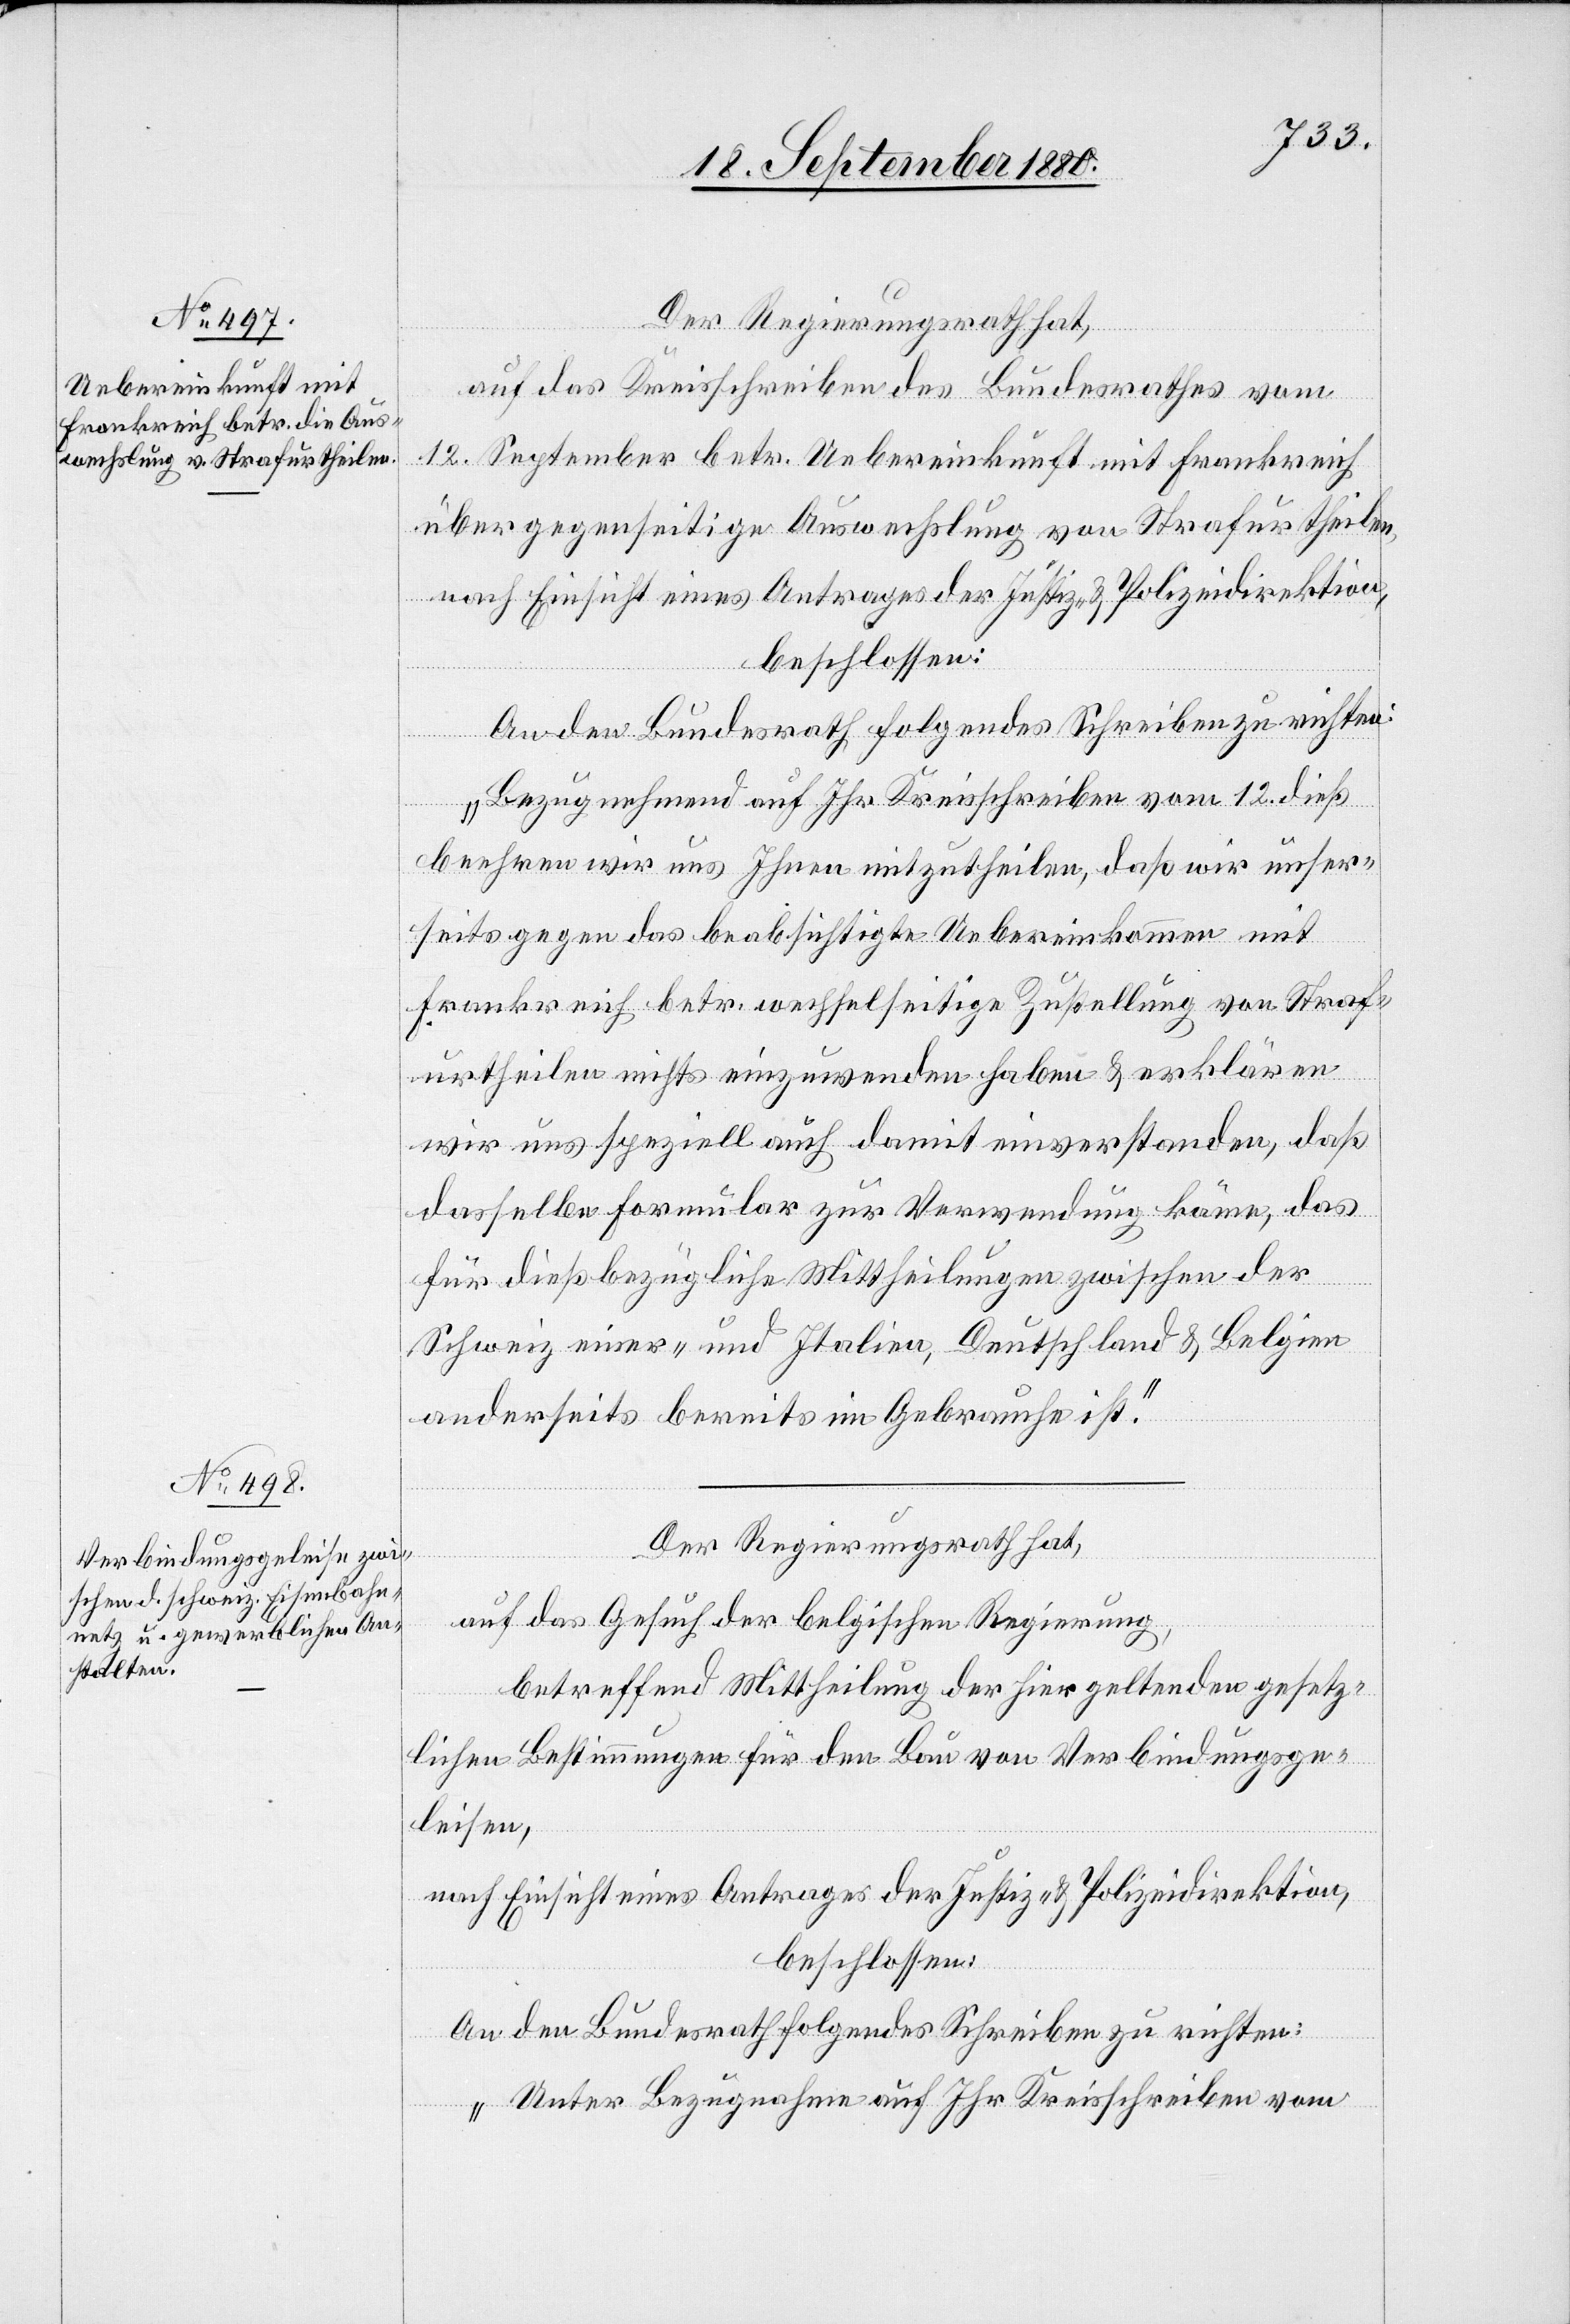
Der Regierungsrath hat,
auf das Kreisschreiben des Bundesrathes vom
12. September betr. Uebereinkunft mit Frankreich
über gegenseitige Auswechslung von Strafurtheilen,
nach Einsicht eines Antrages der Justiz- & Polizeidirektion,
beschlossen:
An den Bundesrath folgendes Schreiben zu richten:
„Bezugnehmend auf Ihr Kreisschreiben vom 12. dieß
beehren wir uns Ihnen mitzutheilen, daß wir unser¬
seits gegen das beabsichtigte Uebereinkommen mit
Frankreich betr. wechselseitige Zustellung von Straf¬
urtheilen nichts einzuwenden haben & erklären
wir uns speziell auch damit einverstanden, daß
dasselbe Formular zur Verwendung käme, das
für dießbezügliche Mittheilungen zwischen der
Schweiz einer- und Italien, Deutschland & Belgien
anderseits bereits im Gebrauche ist.“
Der Regierungsrath hat,
auf das Gesuch der belgischen Regierung,
betreffend Mittheilung der hier geltenden gesetz¬
lichen Bestimmungen für den Bau von Verbindungsge¬
leisen,
nach Einsicht eines Antrages der Justiz- & Polizeidirektion,
beschlossen:
An den Bundesrath folgendes Schreiben zu richten:
„Unter Bezugnahme auf Ihr Kreisschreiben vom